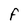
Character: F